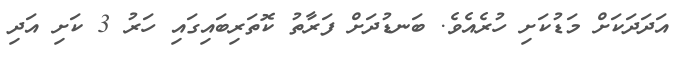
އަދަަދަކަށް މަޑުކަށި ހުރެއެވެ. ބަނޑުދަށް ފަރާތު ކޮތަރިބައިގައި ހަރު 3 ކަށި އަދި